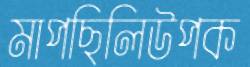
মাপছিলিউপক